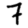
Digit: 7